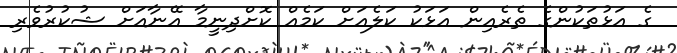
ގެ އަޅުތަކުންގެ ތެރެއިން އަޅަކު ކަލެއަށް ކަމެއް ކޮށްދިނީމާ އޭނާއަށް ޝުކުރުވެރި